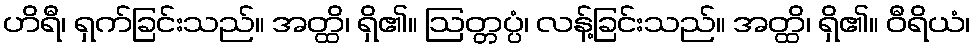
ဟိရီ၊ ရှက်ခြင်းသည်။ အတ္ထိ၊ ရှိ၏။ ဩတ္တပ္ပံ၊ လန့်ခြင်းသည်။ အတ္ထိ၊ ရှိ၏။ ဝီရိယံ၊